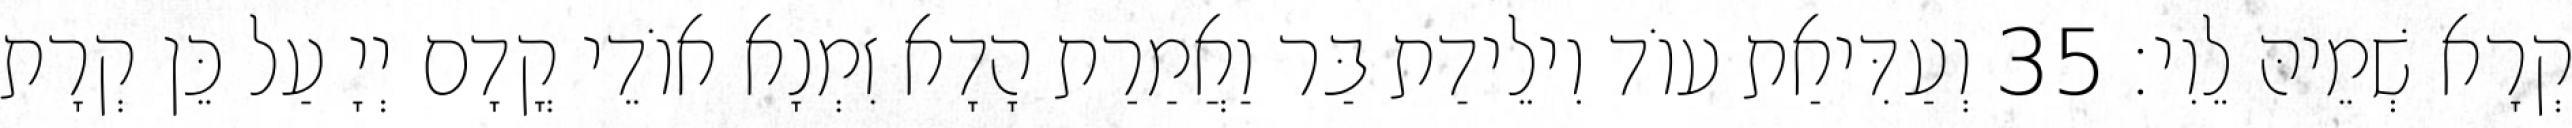
קְרָא שְׁמֵיהּ לֵוִי׃ 35 וְעַדִּיאַת עוֹד וִילֵידַת בַּר וַאֲמַרַת הָדָא זִמְנָא אוֹדֵי קֳדָם יְיָ עַל כֵּן קְרָת